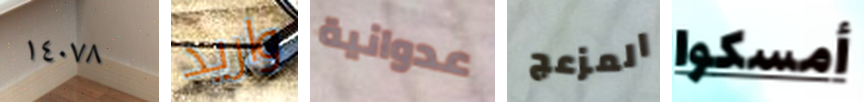
١٤٠٧٨ واريد عدوانية المزعج أمسكوا